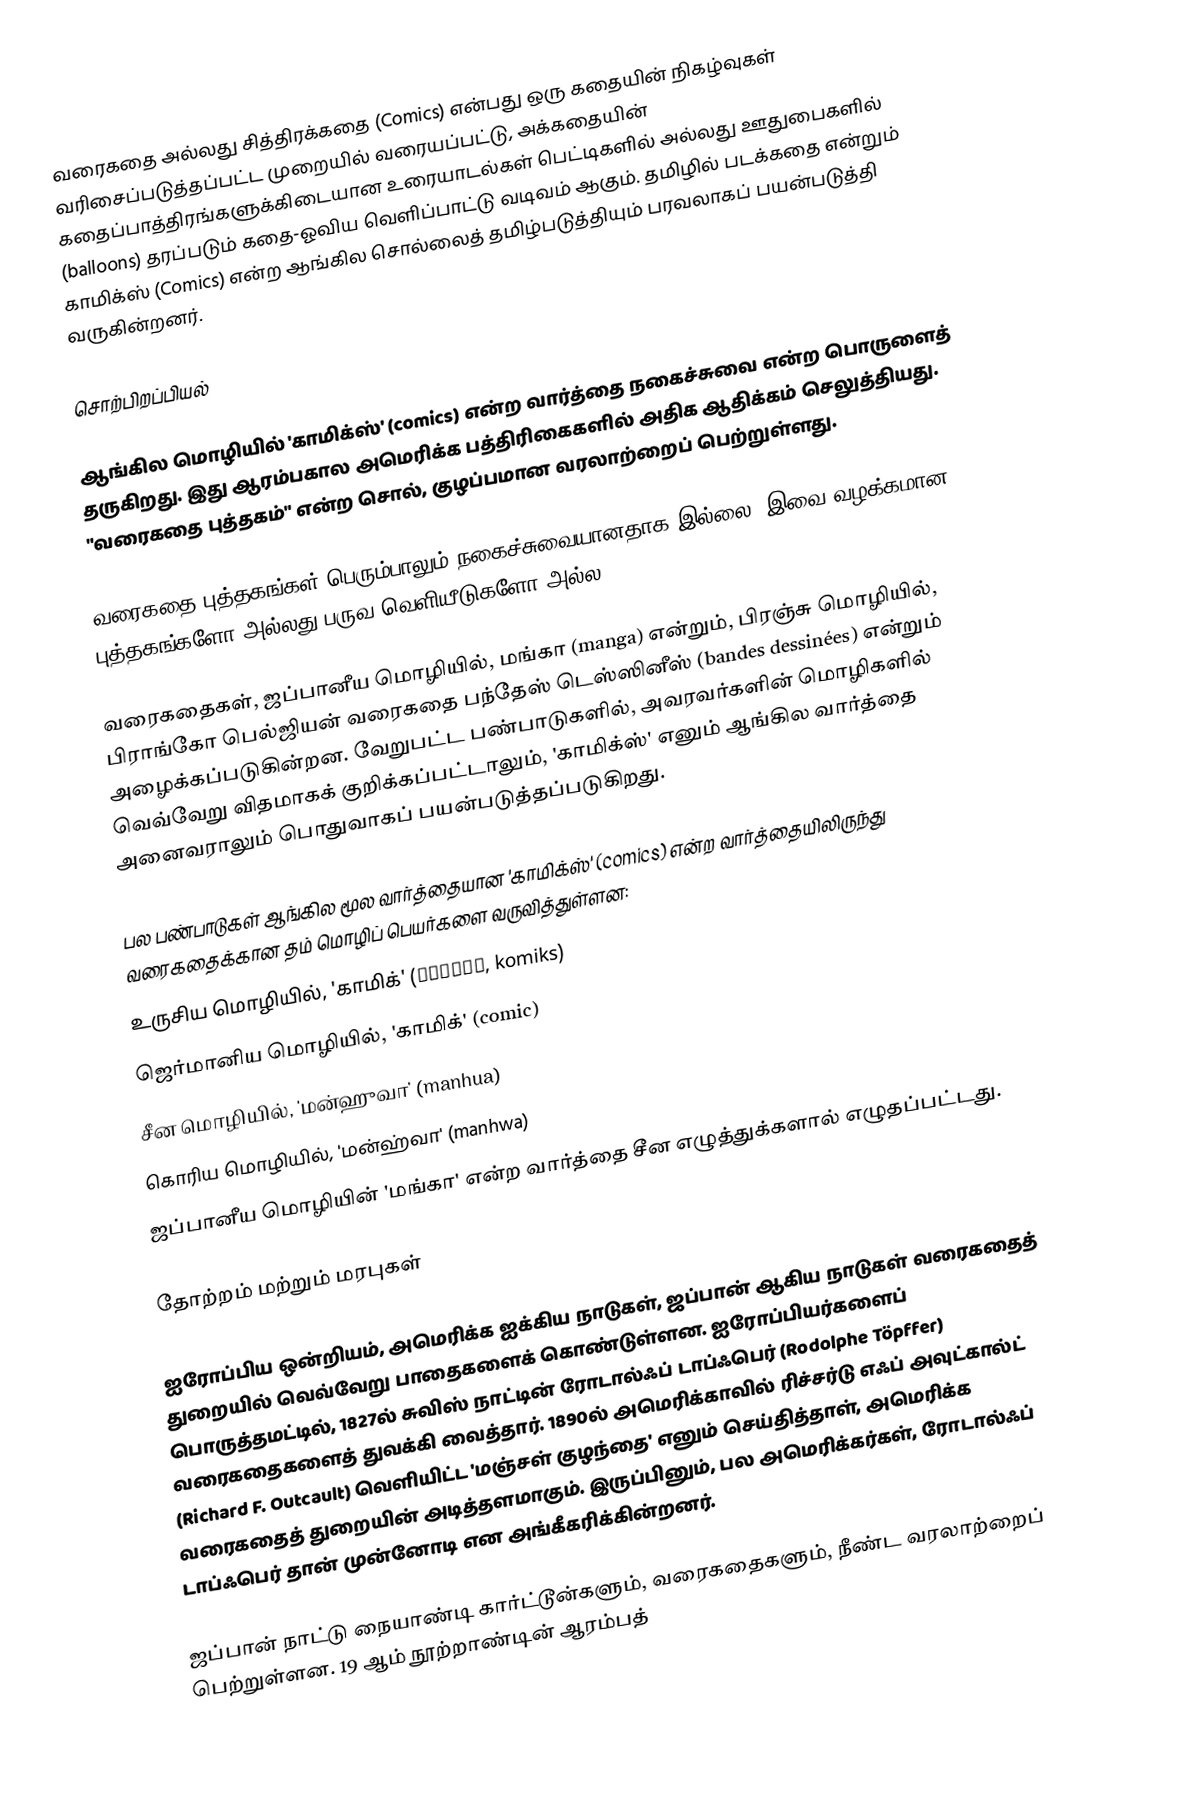
வரைகதை அல்லது சித்திரக்கதை (Comics) என்பது ஒரு கதையின் நிகழ்வுகள் வரிசைப்படுத்தப்பட்ட முறையில் வரையப்பட்டு, அக்கதையின் கதைப்பாத்திரங்களுக்கிடையான உரையாடல்கள் பெட்டிகளில் அல்லது ஊதுபைகளில் (balloons) தரப்படும் கதை-ஓவிய வெளிப்பாட்டு வடிவம் ஆகும். தமிழில் படக்கதை என்றும் காமிக்ஸ் (Comics) என்ற ஆங்கில சொல்லைத் தமிழ்படுத்தியும் பரவலாகப் பயன்படுத்தி வருகின்றனர்.

சொற்பிறப்பியல்

ஆங்கில மொழியில் 'காமிக்ஸ்' (comics) என்ற வார்த்தை நகைச்சுவை என்ற பொருளைத் தருகிறது. இது ஆரம்பகால அமெரிக்க பத்திரிகைகளில் அதிக ஆதிக்கம் செலுத்தியது. "வரைகதை புத்தகம்" என்ற சொல், குழப்பமான வரலாற்றைப் பெற்றுள்ளது.

வரைகதை புத்தகங்கள் பெரும்பாலும் நகைச்சுவையானதாக இல்லை. இவை வழக்கமான புத்தகங்களோ அல்லது பருவ வெளியீடுகளோ அல்ல.

வரைகதைகள், ஜப்பானீய மொழியில், மங்கா (manga) என்றும், பிரஞ்சு மொழியில், பிராங்கோ பெல்ஜியன் வரைகதை பந்தேஸ் டெஸ்ஸினீஸ் (bandes dessinées) என்றும் அழைக்கப்படுகின்றன. வேறுபட்ட பண்பாடுகளில், அவரவர்களின் மொழிகளில் வெவ்வேறு விதமாகக் குறிக்கப்பட்டாலும், 'காமிக்ஸ்' எனும் ஆங்கில வார்த்தை அனைவராலும் பொதுவாகப் பயன்படுத்தப்படுகிறது.

பல பண்பாடுகள் ஆங்கில மூல வார்த்தையான 'காமிக்ஸ்' (comics) என்ற வார்த்தையிலிருந்து வரைகதைக்கான தம் மொழிப் பெயர்களை வருவித்துள்ளன:
 உருசிய மொழியில், 'காமிக்' (Комикс, komiks)
 ஜெர்மானிய மொழியில், 'காமிக்' (comic)
 சீன மொழியில், 'மன்ஹுவா' (manhua)
 கொரிய மொழியில், 'மன்ஹ்வா' (manhwa)
 ஜப்பானீய மொழியின் 'மங்கா' என்ற வார்த்தை சீன எழுத்துக்களால் எழுதப்பட்டது.

தோற்றம் மற்றும் மரபுகள்

ஐரோப்பிய ஒன்றியம், அமெரிக்க ஐக்கிய நாடுகள், ஜப்பான் ஆகிய நாடுகள் வரைகதைத் துறையில் வெவ்வேறு பாதைகளைக் கொண்டுள்ளன. ஐரோப்பியர்களைப் பொருத்தமட்டில், 1827ல் சுவிஸ் நாட்டின் ரோடால்ஃப் டாப்ஃபெர் (Rodolphe Töpffer) வரைகதைகளைத் துவக்கி வைத்தார். 1890ல் அமெரிக்காவில் ரிச்சர்டு எஃப் அவுட்கால்ட் (Richard F. Outcault) வெளியிட்ட 'மஞ்சள் குழந்தை' எனும் செய்தித்தாள், அமெரிக்க வரைகதைத்  துறையின் அடித்தளமாகும். இருப்பினும், பல அமெரிக்கர்கள், ரோடால்ஃப் டாப்ஃபெர் தான் முன்னோடி என அங்கீகரிக்கின்றனர்.

ஜப்பான் நாட்டு நையாண்டி கார்ட்டூன்களும், வரைகதைகளும், நீண்ட வரலாற்றைப் பெற்றுள்ளன. 19 ஆம் நூற்றாண்டின் ஆரம்பத்